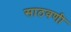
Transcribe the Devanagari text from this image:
साठवणी